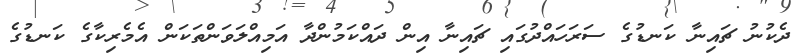
ދެކުނު ޗައިނާ ކަނޑުގެ ސަރަހައްދުގައި ޗައިނާ އިން ދައްކަމުންދާ އަމިއްލަވަންތަކަން އެމެރިކާގެ ކަނޑުގެ